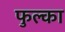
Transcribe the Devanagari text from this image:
फुल्का